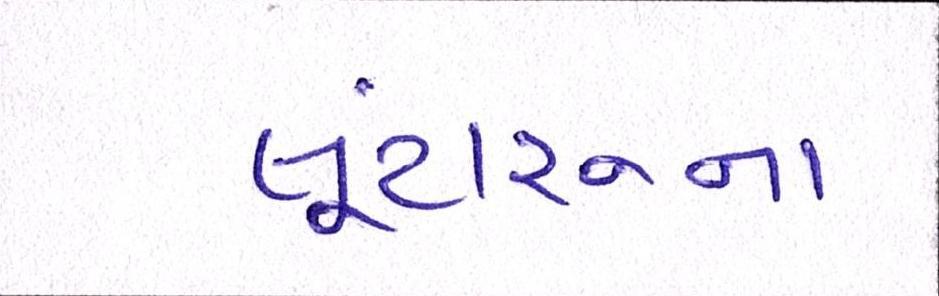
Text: લૂંટારુના